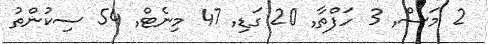
2 މަސް